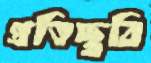
প্রতিচ্ছ্ববি